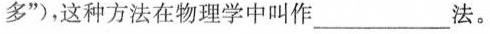
多”)，这种方法在物理学中叫作__法。